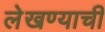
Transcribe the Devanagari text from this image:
लेखण्याची